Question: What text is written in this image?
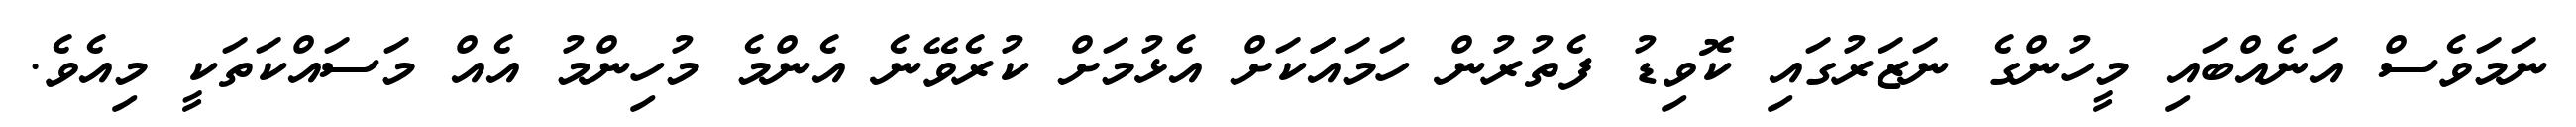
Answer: ނަމަވެސް އަނެއްބައި މީހުންގެ ނަޒަރުގައި ކޮވިޑު ފެތުރުން ހަމައަަކަށް އެޅުމަށް ކުރެވޭނެ އެންމެ މުހިންމު އެއް މަސައްކަތަކީ މިއެވެ.